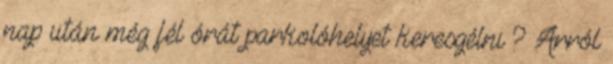
nap után még fél órát parkolóhelyet keresgélni ? Arról